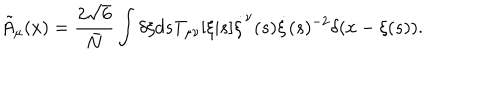
{ \tilde { A } } _ { \mu } ( x ) = \frac { 2 \sqrt { 6 } } { \bar { N } } \int \delta \xi d s T _ { \mu \nu } [ \xi | s ] \dot { \xi } ^ { \nu } ( s ) \dot { \xi } ( s ) ^ { - 2 } \delta ( x - \xi ( s ) ) .